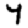
Digit: 4